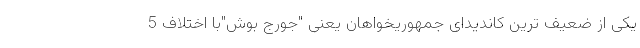
یکی از ضعیف ترین کاندیدای جمهوریخواهان یعنی "جورج بوش"با اختلاف 5